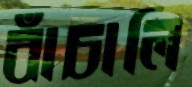
বাঁচালি